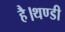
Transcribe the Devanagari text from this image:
है।थण्डी